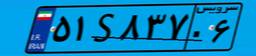
۵۱S۸۳۷۰۶